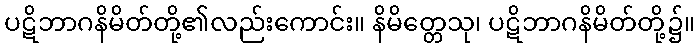
ပဋိဘာဂနိမိတ်တို့၏လည်းကောင်း။ နိမိတ္တေသု၊ ပဋိဘာဂနိမိတ်တို့၌။